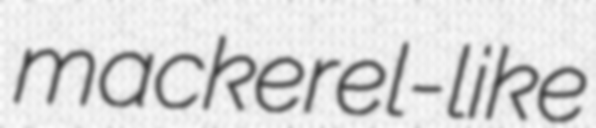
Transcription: mackerel-like